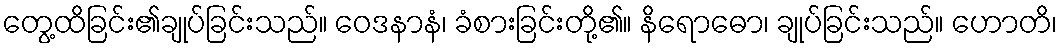
တွေ့ထိခြင်း၏ချုပ်ခြင်းသည်။ ဝေဒနာနံ၊ ခံစားခြင်းတို့၏။ နိရောဓော၊ ချုပ်ခြင်းသည်။ ဟောတိ၊